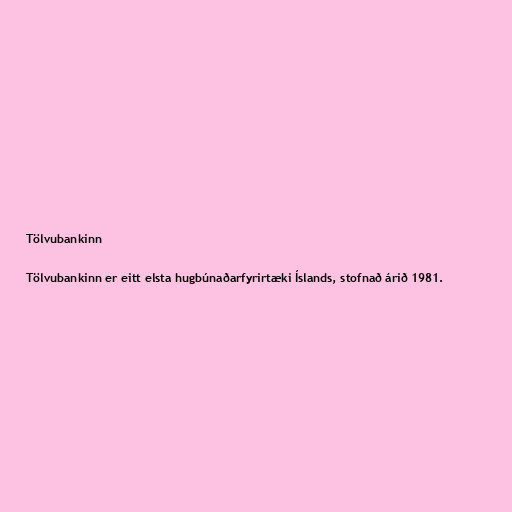
Tölvubankinn

Tölvubankinn er eitt elsta hugbúnaðarfyrirtæki Íslands, stofnað árið 1981.